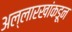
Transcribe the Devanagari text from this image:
अल्लारखांकडून